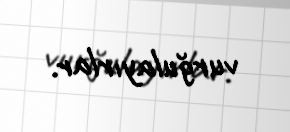
vurğulayırlar.